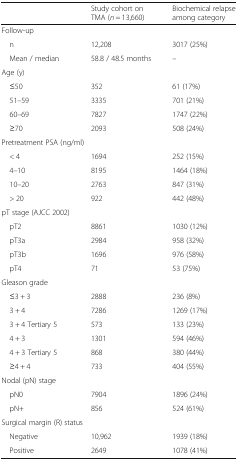
<table><thead><tr><td></td><td><b>Study cohort on TMA (<i>n</i> = 13,660)</b></td><td><b>Biochemical relapse among category</b></td></tr></thead><tbody><tr><td>Follow-up</td><td></td><td></td></tr><tr><td> n</td><td>12,208</td><td>3017 (25%)</td></tr><tr><td> Mean / median</td><td>58.8 / 48.5 months</td><td>–</td></tr><tr><td>Age (y)</td><td></td><td></td></tr><tr><td> ≤50</td><td>352</td><td>61 (17%)</td></tr><tr><td> 51–59</td><td>3335</td><td>701 (21%)</td></tr><tr><td> 60–69</td><td>7827</td><td>1747 (22%)</td></tr><tr><td> ≥70</td><td>2093</td><td>508 (24%)</td></tr><tr><td colspan="2">Pretreatment PSA (ng/ml)</td><td></td></tr><tr><td> &lt; 4</td><td>1694</td><td>252 (15%)</td></tr><tr><td> 4–10</td><td>8195</td><td>1464 (18%)</td></tr><tr><td> 10–20</td><td>2763</td><td>847 (31%)</td></tr><tr><td> &gt; 20</td><td>922</td><td>442 (48%)</td></tr><tr><td>pT stage (AJCC 2002)</td><td></td><td></td></tr><tr><td> pT2</td><td>8861</td><td>1030 (12%)</td></tr><tr><td> pT3a</td><td>2984</td><td>958 (32%)</td></tr><tr><td> pT3b</td><td>1696</td><td>976 (58%)</td></tr><tr><td> pT4</td><td>71</td><td>53 (75%)</td></tr><tr><td>Gleason grade</td><td></td><td></td></tr><tr><td> ≤3 + 3</td><td>2888</td><td>236 (8%)</td></tr><tr><td> 3 + 4</td><td>7286</td><td>1269 (17%)</td></tr><tr><td> 3 + 4 Tertiary 5</td><td>573</td><td>133 (23%)</td></tr><tr><td> 4 + 3</td><td>1301</td><td>594 (46%)</td></tr><tr><td> 4 + 3 Tertiary 5</td><td>868</td><td>380 (44%)</td></tr><tr><td> ≥4 + 4</td><td>733</td><td>404 (55%)</td></tr><tr><td>Nodal (pN) stage</td><td></td><td></td></tr><tr><td> pN0</td><td>7904</td><td>1896 (24%)</td></tr><tr><td> pN+</td><td>856</td><td>524 (61%)</td></tr><tr><td colspan="2">Surgical margin (R) status</td><td></td></tr><tr><td> Negative</td><td>10,962</td><td>1939 (18%)</td></tr><tr><td> Positive</td><td>2649</td><td>1078 (41%)</td></tr></tbody></table>